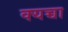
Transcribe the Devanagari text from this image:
क्यच्चा